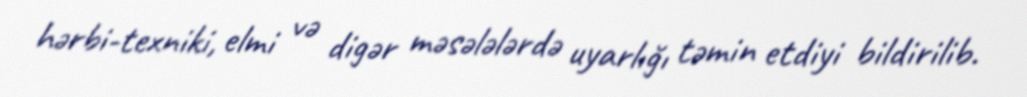
hərbi-texniki, elmi və digər məsələlərdə uyarlığı təmin etdiyi bildirilib.